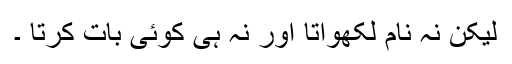
لیکن نہ نام لکھواتا اور نہ ہی کوئی بات کرتا ۔